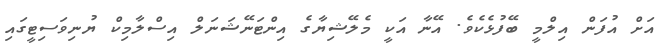
އަށް އުފަން އިލްމީ ބޭފުޅެކެވެ. އޭނާ އަކީ މެލޭޝިޔާގެ އިންޓަނޭޝަނަލް އިސްލާމިކް ޔުނިވަސިޓީގައި